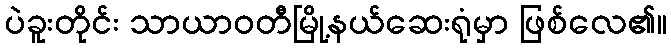
ပဲခူးတိုင်း သာယာဝတီမြို့နယ်ဆေးရုံမှာ ဖြစ်လေ၏။